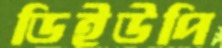
ডিইউপি